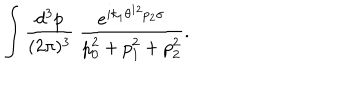
\int \frac { d ^ { 3 } p } { ( 2 \pi ) ^ { 3 } } ~ \frac { e ^ { i k _ { 1 } \theta ^ { 1 2 } p _ { 2 } \sigma } } { p _ { 0 } ^ { 2 } + p _ { 1 } ^ { 2 } + p _ { 2 } ^ { 2 } } .